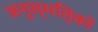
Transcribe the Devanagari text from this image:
अनुस्मतिृको